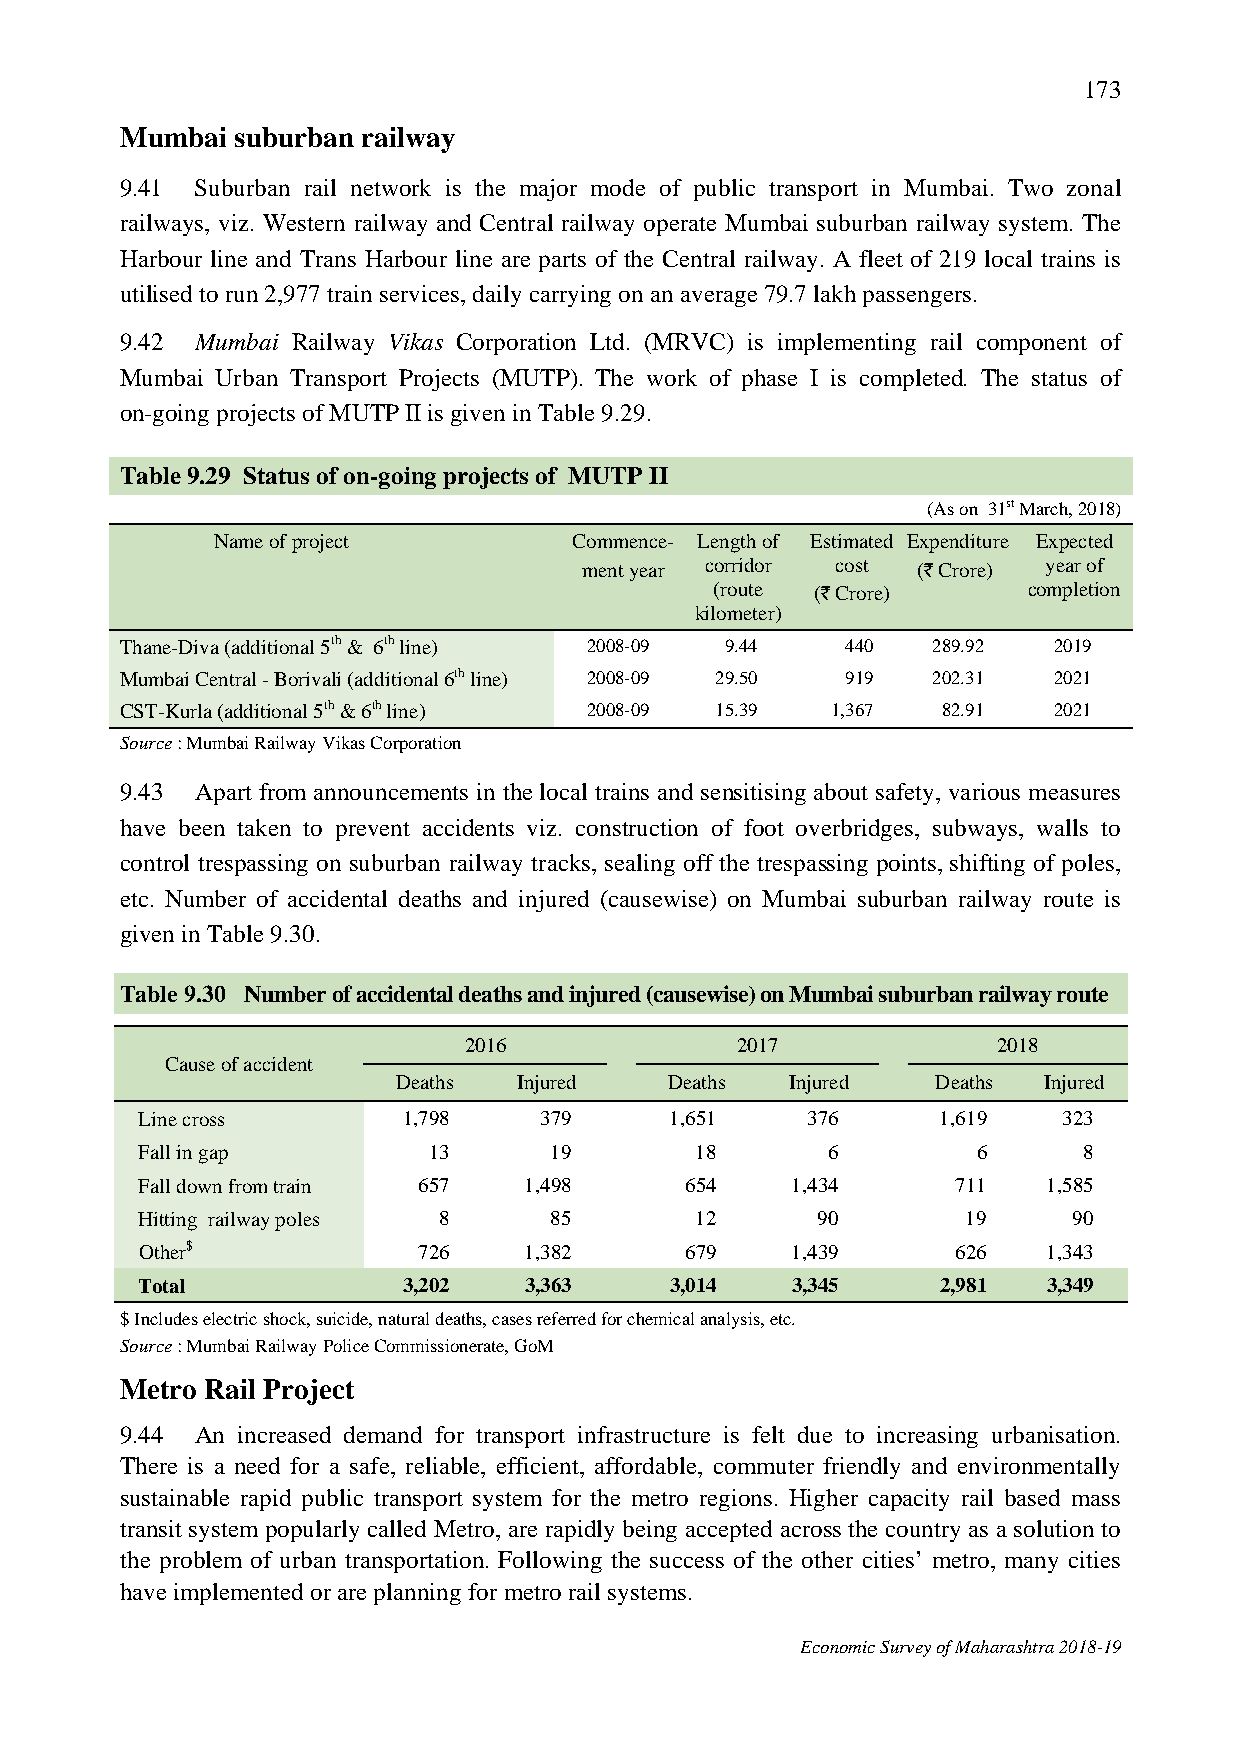
173
 Mumbai  suburban railway
 9.41 Suburban rail network is the major mode of public transport in Mumbai. Two zonal
 railways, viz. Western railway and Central railway operate Mumbai suburban railway system. The
 Harbour line and Trans Harbour line are parts of the Central railway. A fleet of 219 local trains is
 utilised to run 2,977 train services, daily carrying on an average 79.7 lakh passengers.
 9.42 Mumbai Railway Vikas Corporation Ltd. (MRVC) is implementing rail component of
 Mumbai Urban Transport Projects (MUTP). The work of phase I is completed. The status of
 on-going projects of MUTP II is given in Table 9.29.
 Table 9.29 Status of on-going projects of MUTP II
 (As on 31st March, 2018)
 Name of project         Commence- Length of Estimated Expenditure Expected
 ment year corridor cost (` Crore) year of
 (route (` Crore)     completion
 kilometer)
 Thane-Diva (additional 5th & 6th line) 2008-09 9.44 440 289.92 2019
 Mumbai Central - Borivali (additional 6th line) 2008-09 29.50 919 202.31 2021
 CST-Kurla (additional 5th & 6th line) 2008-09 15.39 1,367 82.91 2021
 Source : Mumbai Railway Vikas Corporation
 9.43 Apart from announcements in the local trains and sensitising about safety, various measures
 have been taken to prevent accidents viz. construction of foot overbridges, subways, walls to
 control trespassing on suburban railway tracks, sealing off the trespassing points, shifting of poles,
 etc. Number of accidental deaths and injured (causewise) on Mumbai suburban railway route is
 given in Table 9.30.
 Table 9.30 Number of accidental deaths and injured (causewise) on Mumbai suburban railway route
 2016              2017             2018
 Cause of accident
 Deaths  Injured   Deaths  Injured   Deaths Injured
 Line cross        1,798    379     1,651    376      1,619   323
 Fall in gap        13      19        18       6         6      8
 Fall down from train 657  1,498     654    1,434      711   1,585
 Hitting railway poles 8    85        12      90        19     90
 Other$             726    1,382     679    1,439      626   1,343
 Total             3,202   3,363    3,014   3,345     2,981  3,349
 $ Includes electric shock, suicide, natural deaths, cases referred for chemical analysis, etc.
 Source : Mumbai Railway Police Commissionerate, GoM
 Metro Rail Project
 9.44 An increased demand for transport infrastructure is felt due to increasing urbanisation.
 There is a need for a safe, reliable, efficient, affordable, commuter friendly and environmentally
 sustainable rapid public transport system for the metro regions. Higher capacity rail based mass
 transit system popularly called Metro, are rapidly being accepted across the country as a solution to
 the problem of urban transportation. Following the success of the other cities’ metro, many cities
 have implemented or are planning for metro rail systems.
 Economic Survey of Maharashtra 2018-19